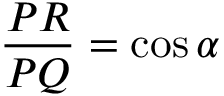
{ \frac { P R } { P Q } } = \cos \alpha